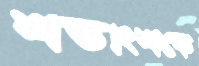
শতাংশকে